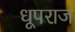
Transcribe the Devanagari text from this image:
धूपराज